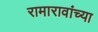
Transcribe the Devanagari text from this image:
रामारावांच्या